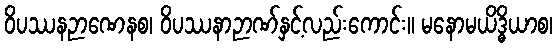
ဝိပဿနဉာဏေနစ၊ ဝိပဿနာဉာဏ်နှင့်လည်းကောင်း။ မနောမယိဒ္ဓိယာစ၊